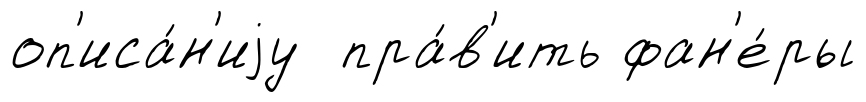
оп'иса́н'иjу пра́в'ить фан'е́ры